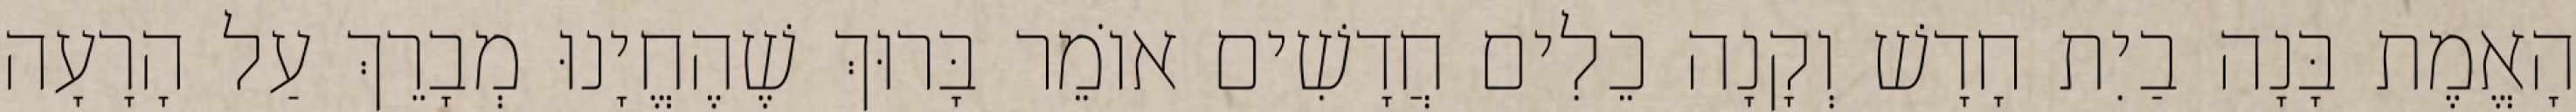
הָאֱמֶת בָּנָה בַיִת חָדָשׁ וְקָנָה כֵלִים חֲדָשִׁים אוֹמֵר בָּרוּךְ שֶׁהֶחֱיָנוּ מְבָרֵךְ עַל הָרָעָה